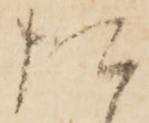
た